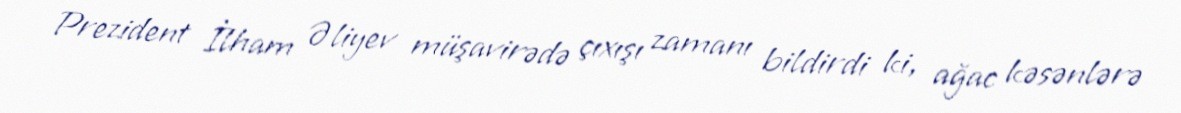
Prezident İlham Əliyev müşavirədə çıxışı zamanı bildirdi ki, ağac kəsənlərə